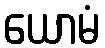
ယောမံ